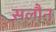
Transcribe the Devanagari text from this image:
सलौन